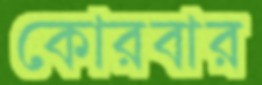
কোরবার